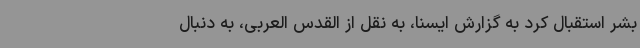
بشر استقبال کرد به گزارش ایسنا، به نقل از القدس العربی، به دنبال